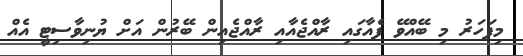
މިފަހަރު މި ބޭއްވޭ ފެއާގައި ރާއްޖެއާއި ރާއްޖެއިން ބޭރުން އަށް ޔުނިވާސިޓީ އެއް